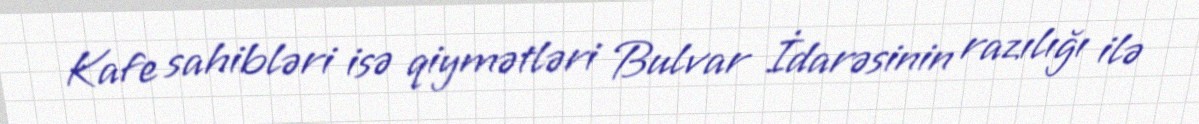
Kafe sahibləri isə qiymətləri Bulvar İdarəsinin razılığı ilə